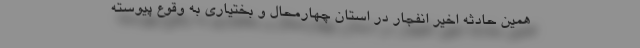
همین حادثه اخیر انفجار در استان چهارمحال و بختیاری به وقوع پیوسته